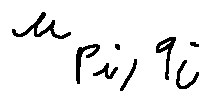
u _ { p _ { i } , q _ { i } }